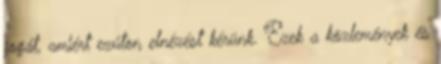
jogát, amiért ezúton elnézést kérünk. Ezek a közlemények és